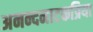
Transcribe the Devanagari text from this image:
अनन्दनाटकप्रिया